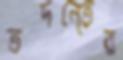
তদনে্তর